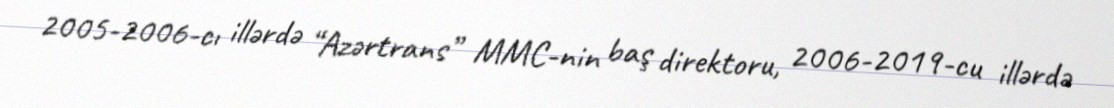
2005-2006-cı illərdə “Azərtrans” MMC-nin baş direktoru, 2006-2019-cu illərdə